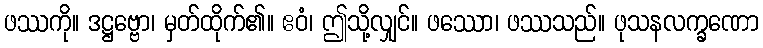
ဖဿကို။ ဒဋ္ဌဗ္ဗော၊ မှတ်ထိုက်၏။ ဧဝံ၊ ဤသို့လျှင်။ ဖဿော၊ ဖဿသည်။ ဖုသနလက္ခဏော